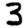
Digit: 3